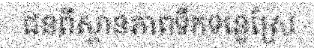
ជនពីស្ថានភាពទឹកទន្លេស្រែ